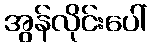
အွန်လိုင်းပေါ်